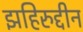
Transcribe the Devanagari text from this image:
झहिरुद्दीन